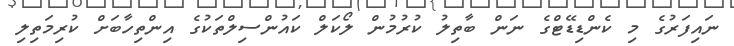
ނައިފަރުގެ މި ކެންޑިޑޭޓްގެ ނަން ބާތިލު ކުރުމުން ލޯކަލް ކައުންސިލްތަކުގެ އިންތިހާބަށް ކުރިމަތިލި